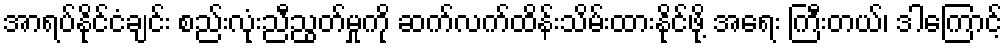
အာရပ်နိုင်ငံချင်း စည်းလုံးညီညွတ်မှုကို ဆက်လက်ထိန်းသိမ်းထားနိုင်ဖို့ အရေး ကြီးတယ်၊ ဒါကြောင့်